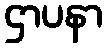
ဌာပနာ